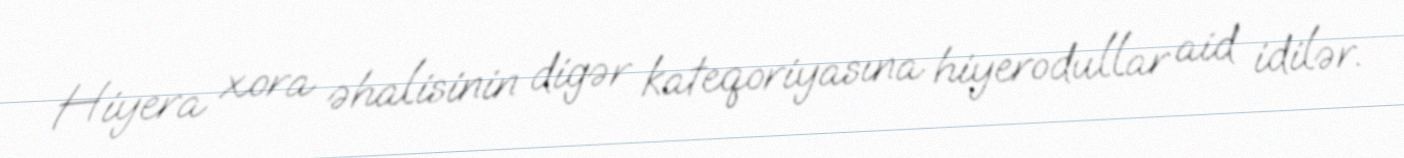
Hiyera xora əhalisinin digər kateqoriyasına hiyerodullar aid idilər.